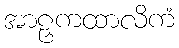
အာဠှကထာလိကံ